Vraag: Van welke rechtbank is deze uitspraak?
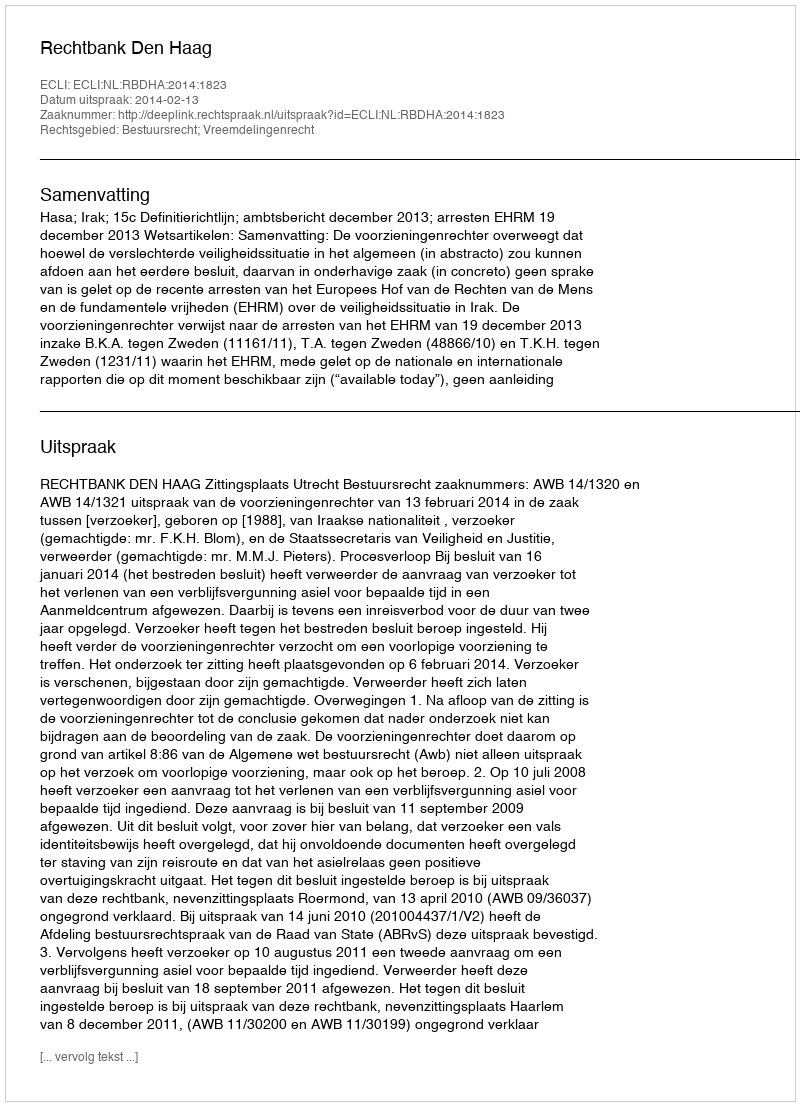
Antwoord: Rechtbank Den Haag